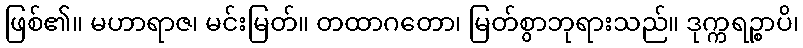
ဖြစ်၏။ မဟာရာဇ၊ မင်းမြတ်။ တထာဂတော၊ မြတ်စွာဘုရားသည်။ ဒုက္ကရဉ္စာပိ၊